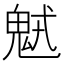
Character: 𩲭